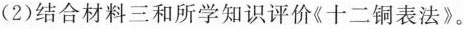
(2)结合材料三和所学知识评价《十二铜表法》。